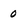
Character: 0